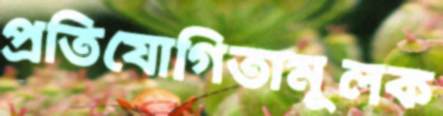
প্রতিযোগিতামূলক